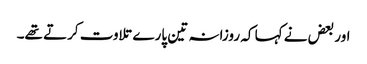
اور بعض نے کہا کہ روزانہ تین پارے تلاوت کرتے تھے۔